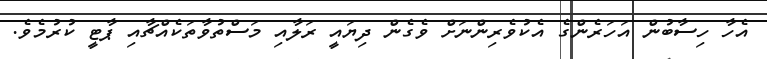
އެހާ ހިސާބުން އަހަރެންގެ އެކުވެރިންނަށް ވެގެން ދިޔައީ ރަލާއި މަސްތުވާތަކެއްޗާއި ޕާޓީ ކުރުމެވެ.